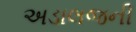
અડાલજની